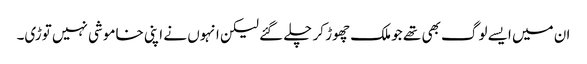
ان میں ایسے لوگ بھی تھے جو ملک چھوڑ کر چلے گئے لیکن انہوں نے اپنی خاموشی نہیں توڑی۔